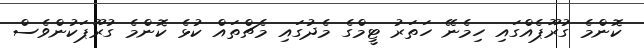
ކޮންމެ ގުރޫޕެއްގައި ހިމެނޭ ހަތަރު ޓީމްގެ މެދުގައި މެޗްތައް ކުޅެ ކޮންމެ ގުރޫޕަކުންވެސް